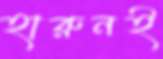
হারুনই